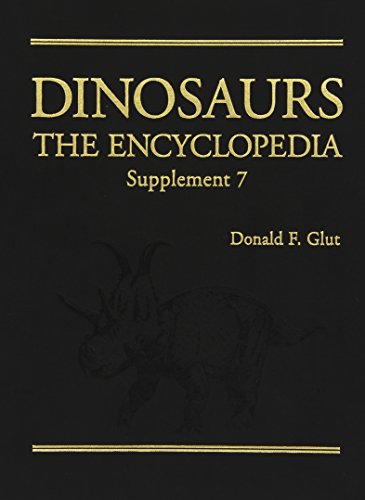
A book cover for Dinosaurs: The Encyclopedia: Supplement 7; Donald F. Glut; Reference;